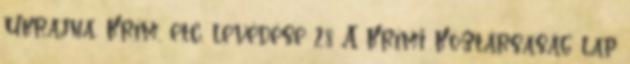
Ukrajna, Krím, etc. levédése 28 A Krími Köztársaság lap